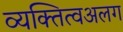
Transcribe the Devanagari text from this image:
व्यक्तित्वअलग